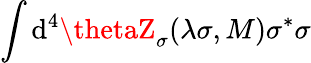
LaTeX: \int\mathrm{d}^{4}\thetaZ_{\sigma}(\lambda\sigma,M)\sigma^{*}\sigma